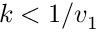
k < 1 / v _ { 1 }